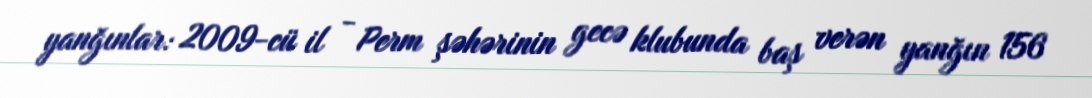
yanğınlar: 2009-cü il - Perm şəhərinin gecə klubunda baş verən yanğın 156